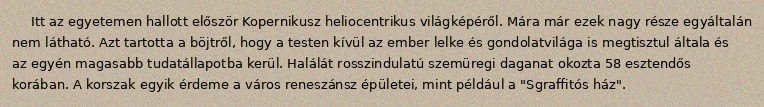
Itt az egyetemen hallott először Kopernikusz heliocentrikus világképéről. Mára már ezek nagy része egyáltalán nem látható. Azt tartotta a böjtről, hogy a testen kívül az ember lelke és gondolatvilága is megtisztul általa és az egyén magasabb tudatállapotba kerül. Halálát rosszindulatú szemüregi daganat okozta 58 esztendős korában. A korszak egyik érdeme a város reneszánsz épületei, mint például a "Sgraffitós ház".